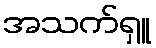
အသက်ရှူ